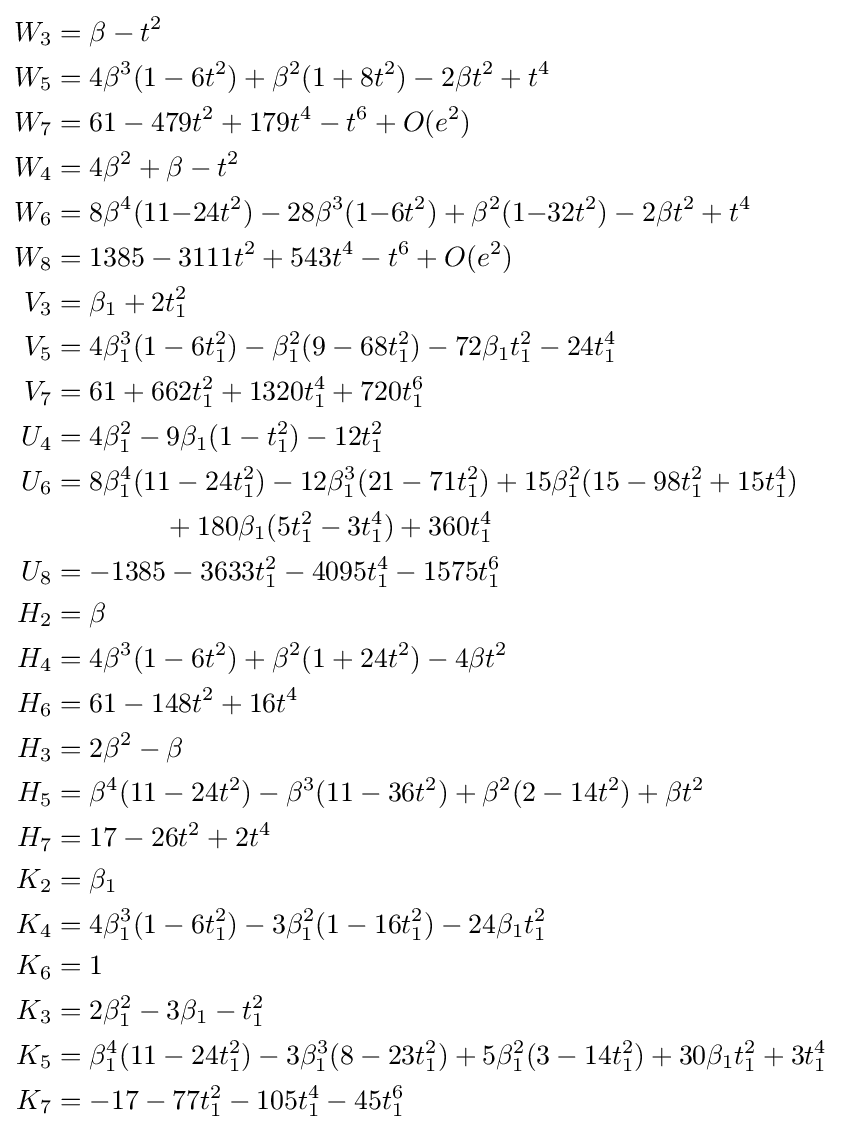
{\begin{aligned}W_{3}&=\beta -t^{2}\\W_{5}&=4\beta ^{3}(1-6t^{2})+\beta ^{2}(1+8t^{2})-2\beta t^{2}+t^{4}\\W_{7}&=61-479t^{2}+179t^{4}-t^{6}+O(e^{2})\\W_{4}&=4\beta ^{2}+\beta -t^{2}\\W_{6}&=8\beta ^{4}(11{-}24t^{2})-28\beta ^{3}(1{-}6t^{2})+\beta ^{2}(1{-}32t^{2})-2\beta t^{2}+t^{4}\\W_{8}&=1385-3111t^{2}+543t^{4}-t^{6}+O(e^{2})\\V_{3}&=\beta _{1}+2t_{1}^{2}\\V_{5}&=4\beta _{1}^{3}(1-6t_{1}^{2})-\beta _{1}^{2}(9-68t_{1}^{2})-72\beta _{1}t_{1}^{2}-24t_{1}^{4}\\V_{7}&=61+662t_{1}^{2}+1320t_{1}^{4}+720t_{1}^{6}\\U_{4}&=4\beta _{1}^{2}-9\beta _{1}(1-t_{1}^{2})-12t_{1}^{2}\\U_{6}&=8\beta _{1}^{4}(11-24t_{1}^{2})-12\beta _{1}^{3}(21-71t_{1}^{2})+15\beta _{1}^{2}(15-98t_{1}^{2}+15t_{1}^{4})\\&\qquad \qquad +180\beta _{1}(5t_{1}^{2}-3t_{1}^{4})+360t_{1}^{4}\\U_{8}&=-1385-3633t_{1}^{2}-4095t_{1}^{4}-1575t_{1}^{6}\\H_{2}&=\beta \\H_{4}&=4\beta ^{3}(1-6t^{2})+\beta ^{2}(1+24t^{2})-4\beta t^{2}\\H_{6}&=61-148t^{2}+16t^{4}\\H_{3}&=2\beta ^{2}-\beta \\H_{5}&=\beta ^{4}(11-24t^{2})-\beta ^{3}(11-36t^{2})+\beta ^{2}(2-14t^{2})+\beta t^{2}\\H_{7}&=17-26t^{2}+2t^{4}\\K_{2}&=\beta _{1}\\K_{4}&=4\beta _{1}^{3}(1-6t_{1}^{2})-3\beta _{1}^{2}(1-16t_{1}^{2})-24\beta _{1}t_{1}^{2}\\K_{6}&=1\\K_{3}&=2\beta _{1}^{2}-3\beta _{1}-t_{1}^{2}\\K_{5}&=\beta _{1}^{4}(11-24t_{1}^{2})-3\beta _{1}^{3}(8-23t_{1}^{2})+5\beta _{1}^{2}(3-14t_{1}^{2})+30\beta _{1}t_{1}^{2}+3t_{1}^{4}\\K_{7}&=-17-77t_{1}^{2}-105t_{1}^{4}-45t_{1}^{6}\end{aligned}}